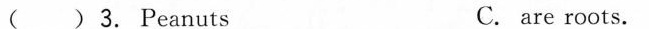
( ) 3. Peanuts C. are roots.